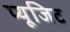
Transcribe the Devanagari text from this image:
प्यूजिट